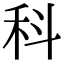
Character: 科